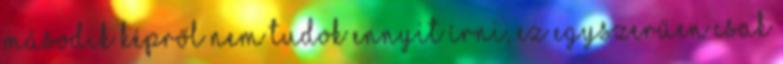
második képről nem tudok ennyit írni, ez egyszerűen csak